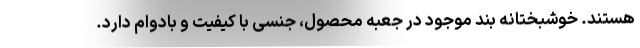
هستند. خوشبختانه بند موجود در جعبه محصول، جنسی با کیفیت و بادوام دارد.